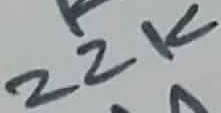
Text: 22K